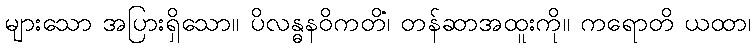
များသော အပြားရှိသော။ ပိလန္ဓနဝိကတိံ၊ တန်ဆာအထူးကို။ ကရောတိ ယထာ၊